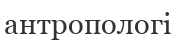
антропологі